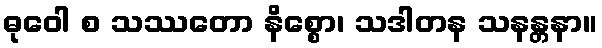
ဓုဝေါ စ သဿတော နိစ္စော၊ သဒါတန သနန္တနာ။